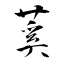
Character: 蒵